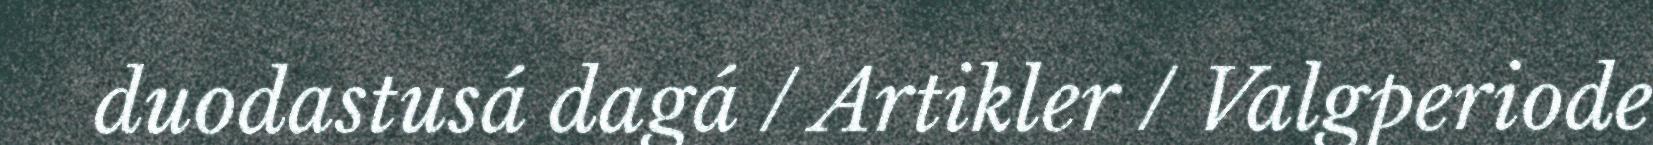
duodastusá dagá / Artikler / Valgperiode